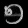
Digit: ၅